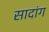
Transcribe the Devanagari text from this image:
सादांग